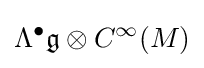
\Lambda ^{\bullet }{\mathfrak {g}}\otimes C^{\infty }(M)